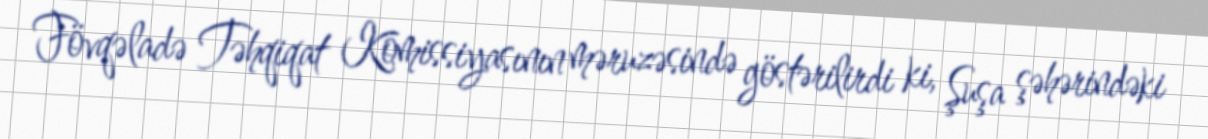
Fövqəladə Təhqiqat Komissiyasının məruzəsində göstərilirdi ki, Şuşa şəhərindəki